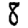
Digit: 8